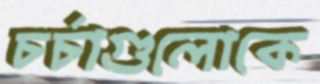
চর্চাগুলোকে